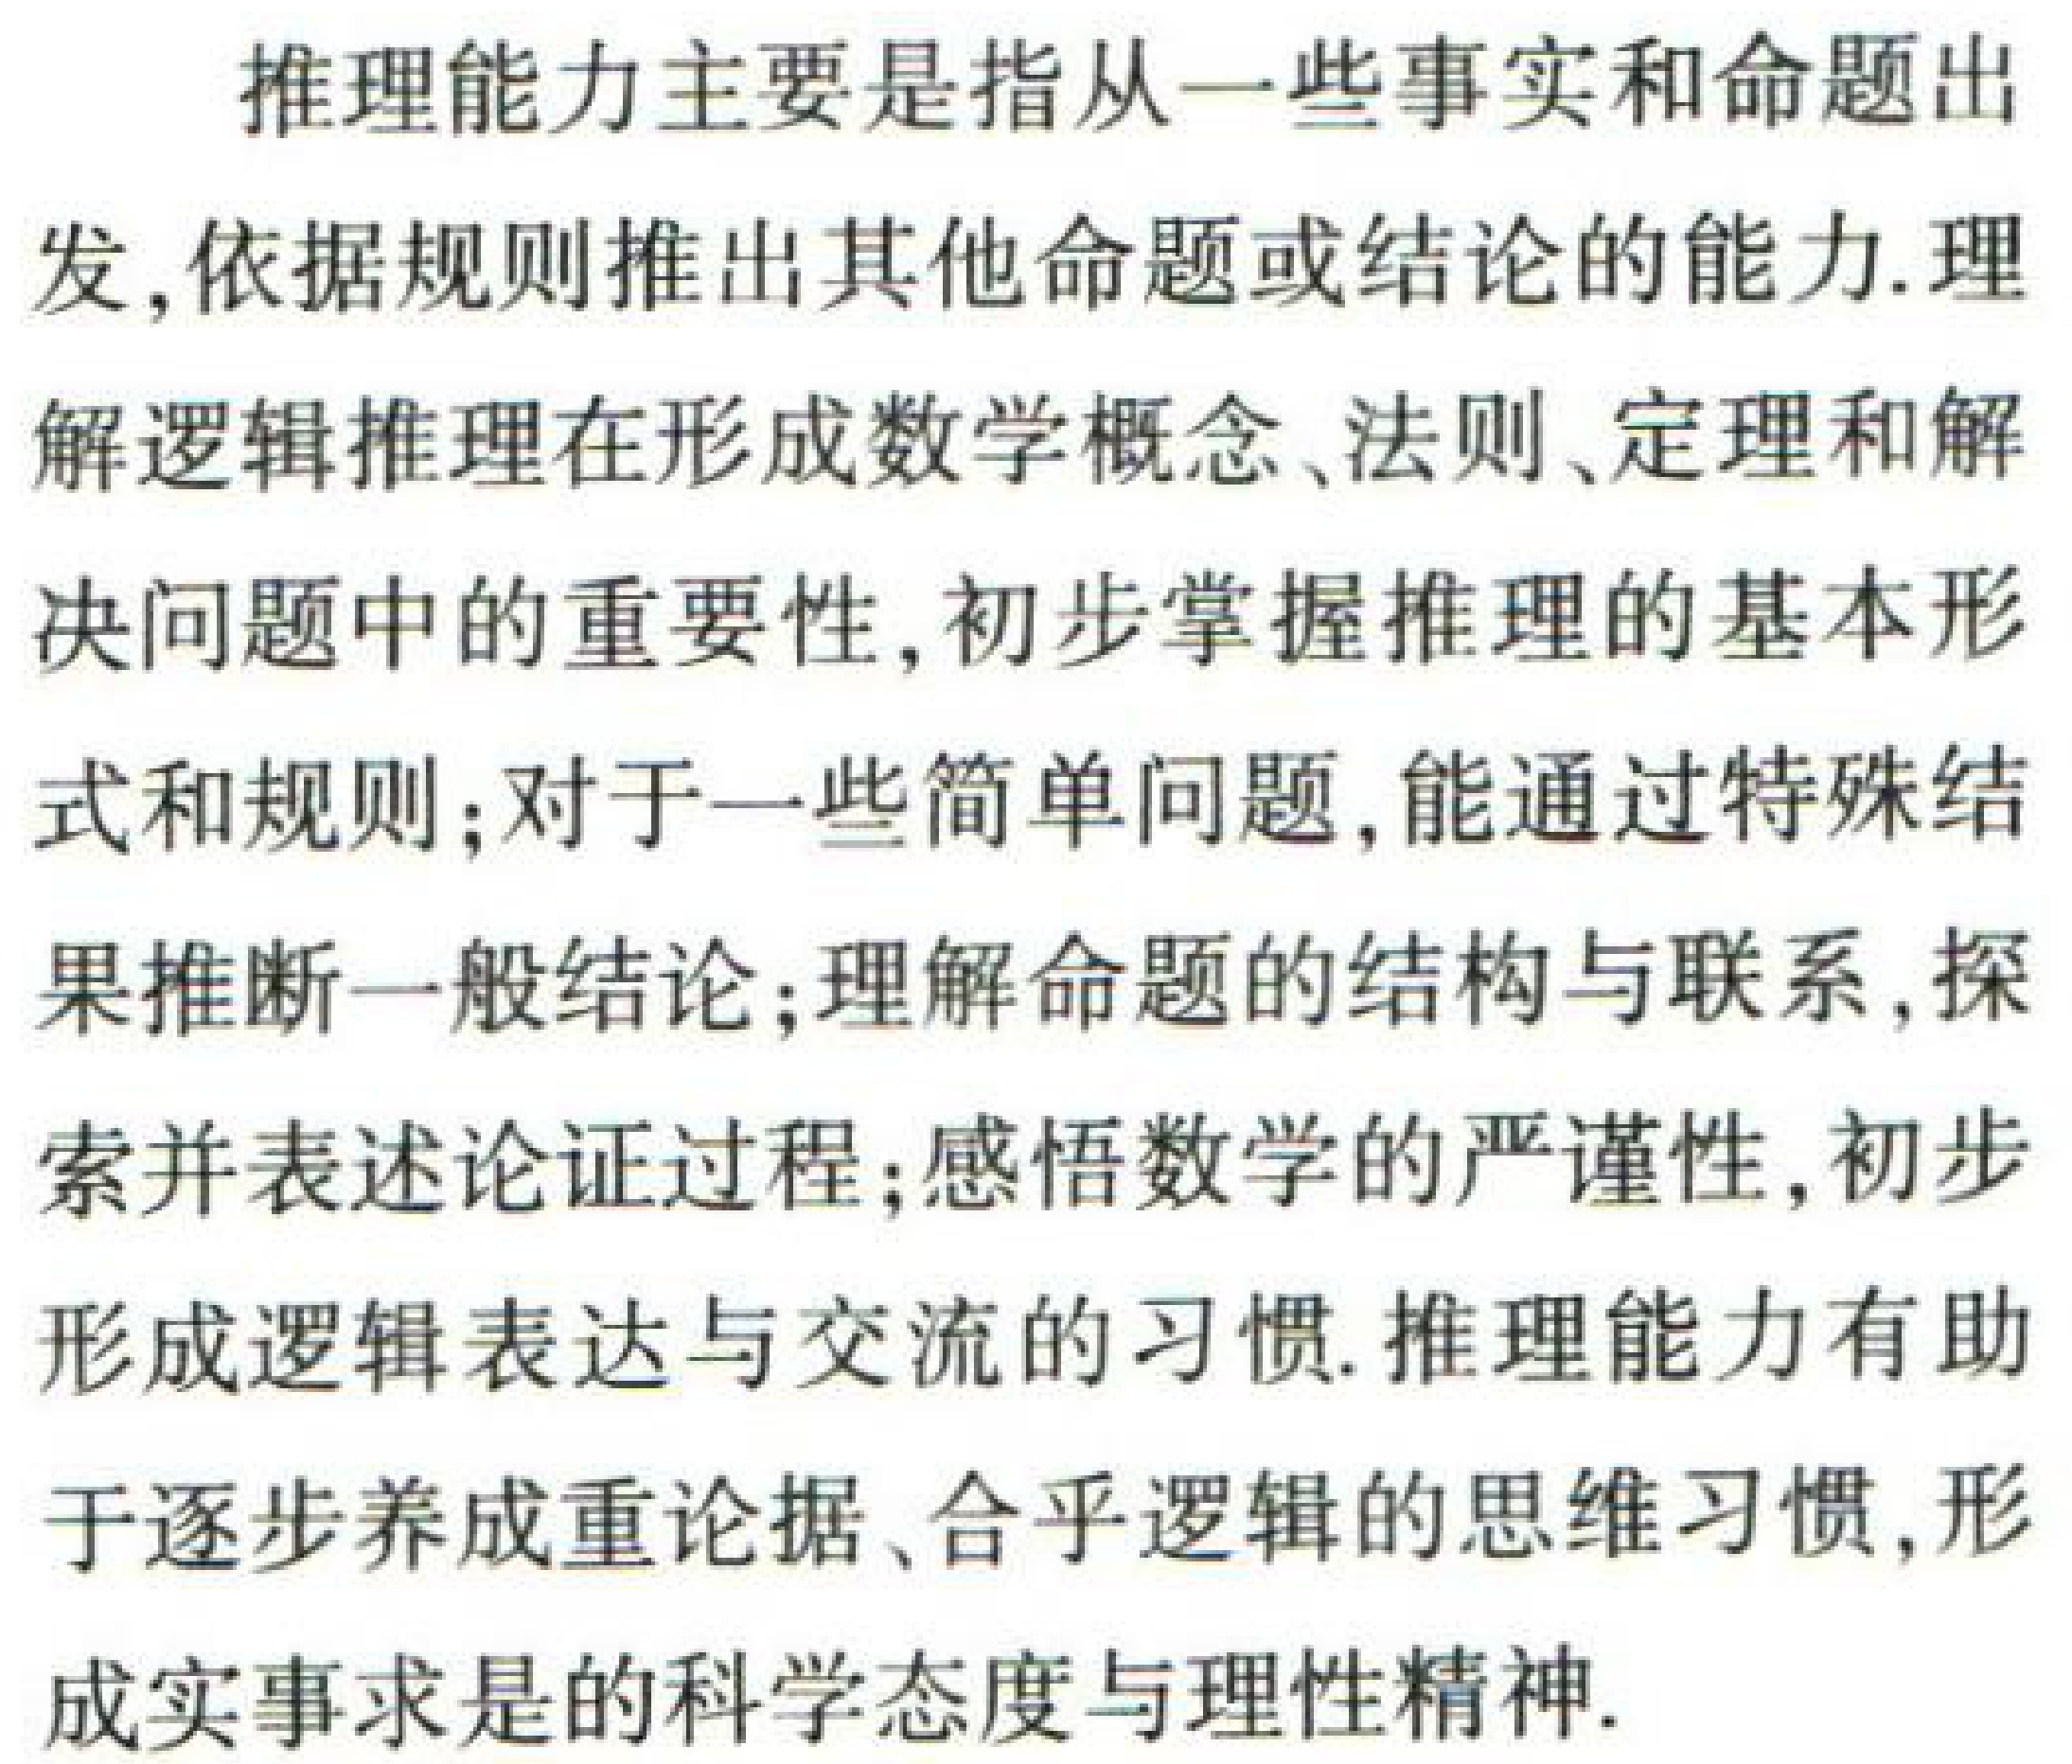
推理能力主要是指从一些事实和命题出发,依据规则推出其他命题或结论的能力.理解逻辑推理在形成数学概念、法则、定理和解决问题中的重要性,初步掌握推理的基本形式和规则;对于一些简单问题,能通过特殊结果推断一般结论;理解命题的结构与联系,探索并表述论证过程;感悟数学的严谨性,初步形成逻辑表达与交流的习惯.推理能力有助于逐步养成重论据、合乎逻辑的思维习惯,形成实事求是的科学态度与理性精神.